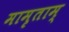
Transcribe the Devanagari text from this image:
मामृताम्‌